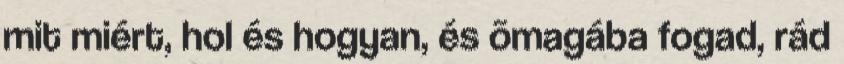
mit miért, hol és hogyan, és õmagába fogad, rád